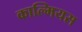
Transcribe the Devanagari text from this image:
काल्मियस